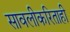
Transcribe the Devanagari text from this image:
सावलीकरिताही